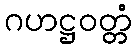
ဂဟဋ္ဌဝတ္တံ